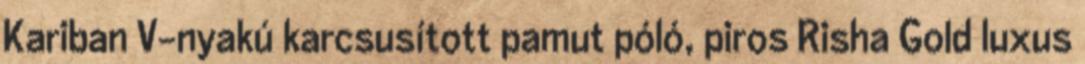
Kariban V-nyakú karcsusított pamut póló, piros Risha Gold luxus